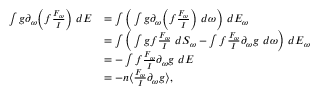
\begin{array} { r l } { \int g \partial _ { \omega } \Big ( f \frac { F _ { \omega } } { I } \Big ) \ d E } & { = \int \Big ( \int g \partial _ { \omega } \Big ( f \frac { F _ { \omega } } { I } \Big ) \ d \omega \Big ) \ d E _ { \omega } } \\ & { = \int \Big ( \int g f \frac { F _ { \omega } } { I } \ d S _ { \omega } - \int f \frac { F _ { \omega } } { I } \partial _ { \omega } g \ d \omega \Big ) \ d E _ { \omega } } \\ & { = - \int f \frac { F _ { \omega } } { I } \partial _ { \omega } g \ d E } \\ & { = - n \langle \frac { F _ { \omega } } { I } \partial _ { \omega } g \rangle , } \end{array}